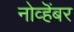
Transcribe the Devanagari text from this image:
नोव्हॆंबर